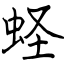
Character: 蛏